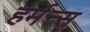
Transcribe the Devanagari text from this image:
हर्मन्स